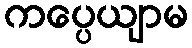
ကပ္ပေယျာမ